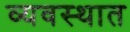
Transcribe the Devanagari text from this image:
व्यवस्थात